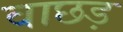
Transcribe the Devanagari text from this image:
वाछड़